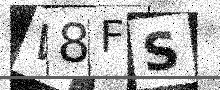
Text: W8FS